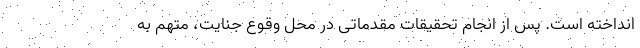
انداخته است. پس از انجام تحقیقات مقدماتی در محل وقوع جنایت، متهم به